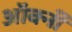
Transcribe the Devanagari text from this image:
ऑर्क्नी